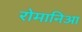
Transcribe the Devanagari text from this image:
रोमानिआ